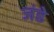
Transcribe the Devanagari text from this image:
जंडे